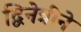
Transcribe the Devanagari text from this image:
द्विनेत्रीने